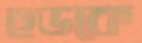
হুডকে